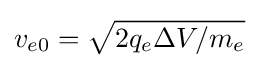
v_{e0}={\sqrt {2q_{e}\Delta V/m_{e}}}